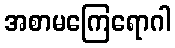
အစာမကြေရောဂါ